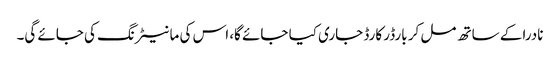
نادرا کے ساتھ مل کر بارڈر کارڈ جاری کیا جائے گا، اس کی مانیٹرنگ کی جائے گی۔